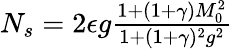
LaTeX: \begin{array}{r}{N_{s}=2\epsilon g\frac{1+(1+\gamma)M_{0}^{2}}{1+(1+\gamma)^{2}g^{2}}}\end{array}